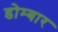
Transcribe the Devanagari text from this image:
डोम्बार